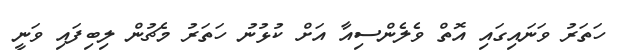
ހަތަރު ވަނައިގައި އޮތް ވެލެންސިއާ އަށް ކުޅުނު ހަތަރު މެޗުން ލިބިފައި ވަނީ